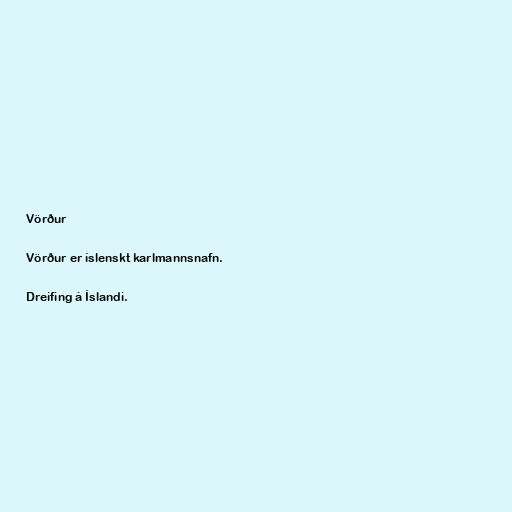
Vörður

Vörður er íslenskt karlmannsnafn.

Dreifing á Íslandi.